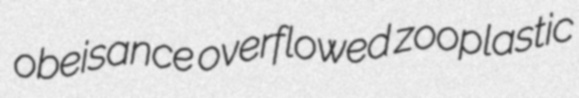
obeisance overflowed zooplastic